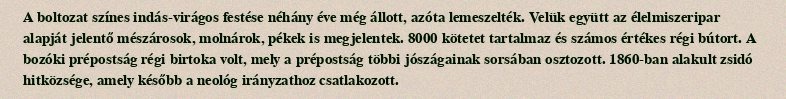
A boltozat színes indás-virágos festése néhány éve még állott, azóta lemeszelték. Velük együtt az élelmiszeripar alapját jelentő mészárosok, molnárok, pékek is megjelentek. 8000 kötetet tartalmaz és számos értékes régi bútort. A bozóki prépostság régi birtoka volt, mely a prépostság többi jószágainak sorsában osztozott. 1860-ban alakult zsidó hitközsége, amely később a neológ irányzathoz csatlakozott.